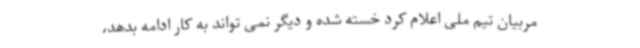
مربیان تیم ملی اعلام کرد خسته شده و دیگر نمی تواند به کار ادامه بدهد،